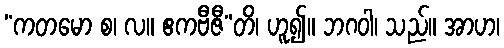
“ကတမော စ၊ လ။ ဧကဗီဇီ”တိ၊ ဟူ၍။ ဘဂဝါ၊ သည်။ အာဟ၊